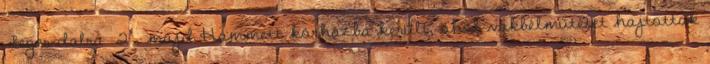
Seger-dalra 2 , majd Hammett kórházba került, ahol vakbélműtétet hajtottak